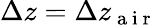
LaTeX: \Delta z=\Delta z_{\mathrm{~a~i~r~}}